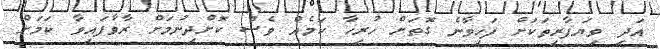
އަދި ވިޔަފާރިތަކަށް ފަހިވާނެ ގޮތަށް ހުރިހާ ކަމެއް ވެސް ކޮށްދިނުމަށް ރާވާފައިވާ ކަމަށް